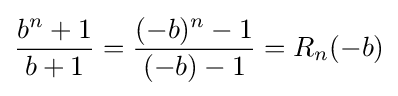
{\frac {b^{n}+1}{b+1}}={\frac {(-b)^{n}-1}{(-b)-1}}=R_{n}(-b)